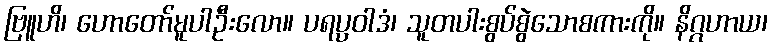
ဗြူဟိ၊ ဟောတော်မူပါဦးလော။ ပရပ္ပဝါဒံ၊ သူတပါးစွပ်စွဲသောစကားကို။ နိဂ္ဂဟာယ၊